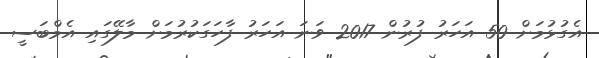
އެގުޅުމަށް 50 އަހަރު ފުރުން 2017 ވަނަ އަހަރު ފާހަގަކުރުމަށް މާލޭގައި އެމްބަސީ